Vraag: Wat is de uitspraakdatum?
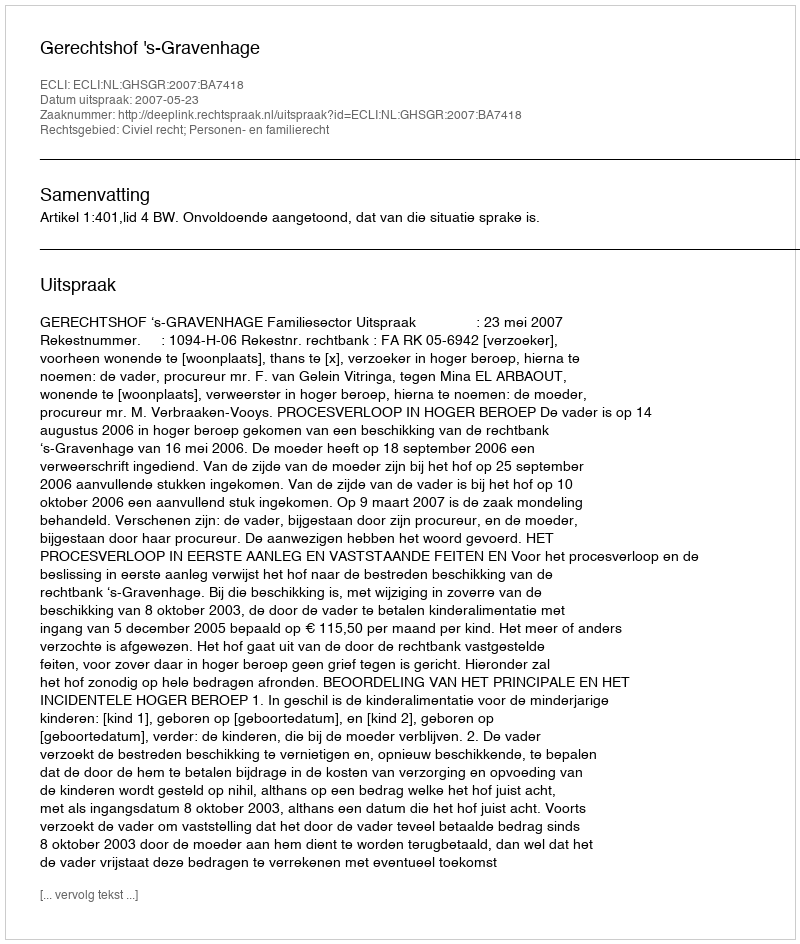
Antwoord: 2007-05-23